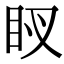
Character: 𥄗